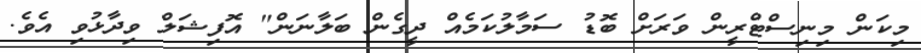
މިކަން މިނިސްޓްރީން ވަރަށް ބޮޑު ސަމާލުކަމެއް ދީގެން ބަލާނަން" އޮފިޝަލް ވިދާޅުވި އެވެ.